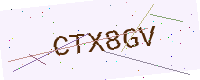
Text: CTX8GV